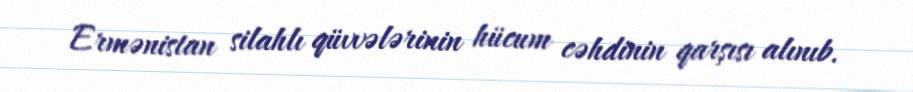
Ermənistan silahlı qüvvələrinin hücum cəhdinin qarşısı alınıb.